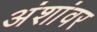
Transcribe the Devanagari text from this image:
अंशांवर